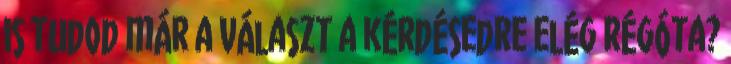
is tudod már a választ a kérdésedre elég régóta?